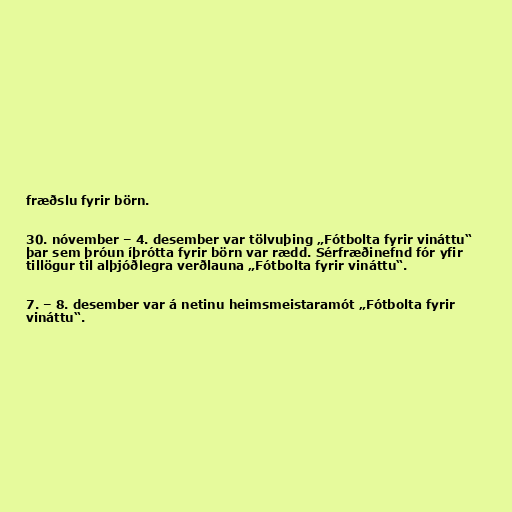
fræðslu fyrir börn.

30. nóvember – 4. desember var tölvuþing „Fótbolta fyrir vináttu“
þar sem þróun íþrótta fyrir börn var rædd. Sérfræðinefnd fór yfir
tillögur til alþjóðlegra verðlauna „Fótbolta fyrir vináttu“.

7. – 8. desember var á netinu heimsmeistaramót „Fótbolta fyrir
vináttu“.